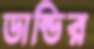
ডান্ডির